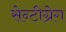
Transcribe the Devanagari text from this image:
सेन्टीग्रेग